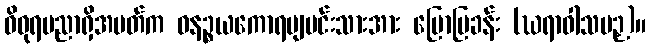
ဝိဓုရပညာရှိအမတ်က ဓနဉ္စယကောရဗျမင်းသားအား ပြောပြခန်း (ဃရာဝါသပဉှ)။